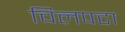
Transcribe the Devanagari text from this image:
चिलपटा